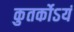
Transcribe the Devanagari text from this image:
कुतर्कोऽयं